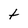
Character: t